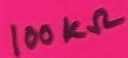
Text: 100KΩ